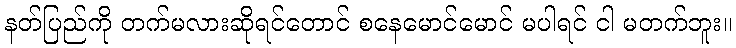
နတ်ပြည်ကို တက်မလားဆိုရင်တောင် စနေမောင်မောင် မပါရင် ငါ မတက်ဘူး။